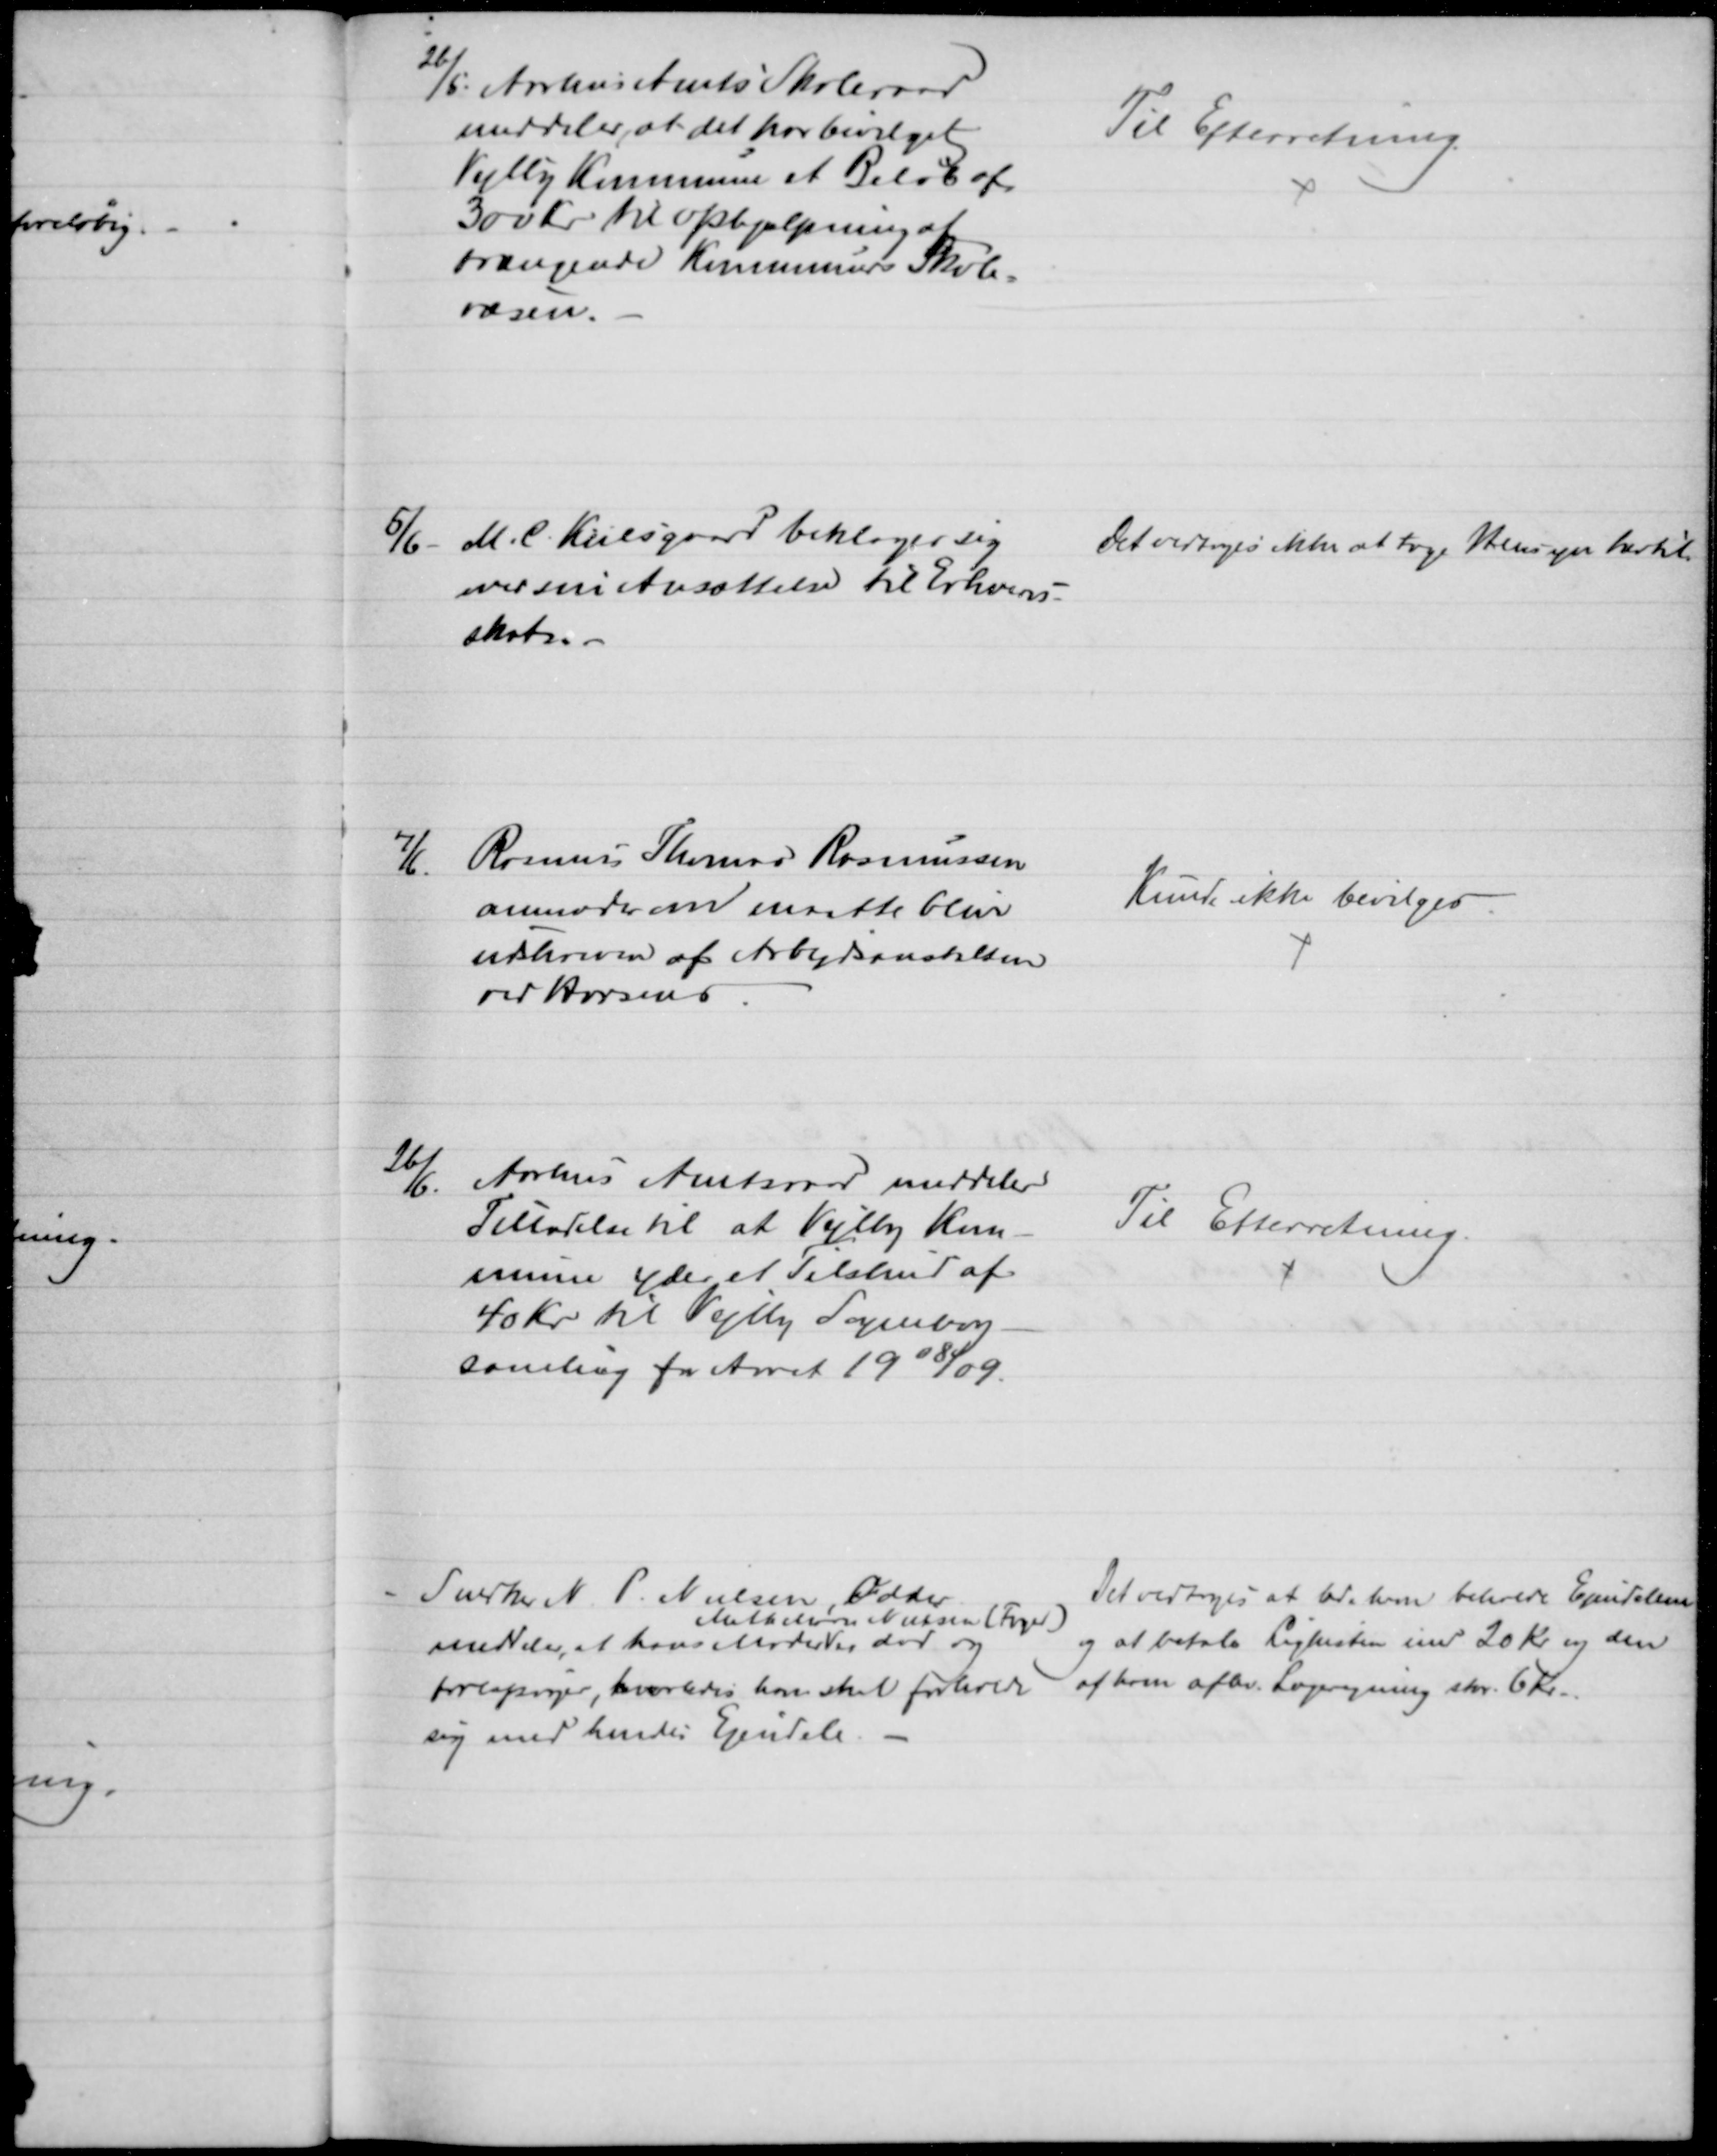
Transskription:
26/5. Aarhus Amts Skoleraad
meddeler, at det har bevilget
Vejlby Kommune et Beløb af
300 Kr. til Ophjælpning af
trængende Kommuners Skole=
væsen.
Til Efterretning
5/6 - M. C. Kiilsgaard beklager sig 
over sin Ansættelse til Erhvervs-
skat.
Det vedtoges ikke at tage Hensyn hertil 
7/6. Rasmus Thomas Rasmussen
anmoder om maatte blive
udskreven af Arbejdsanstalten
ved Horsens
Kunde ikke bevilges.
26/6.
Aarhus Amtsraad meddeler
Tilladelse til at Vejlby Kom-
mune yder et Tilskud af
40 Kr. til Vejlby Sognebog-
samling for Aaret 1908/09.
Til Efterretning.
Snerker N. P. Nielsen, Odder
meddeler, at hans Moder
Mette Marie Nielsen (Fager)
er død og
forespørger, hvorledes han skal forholde
sig med hendes Ejendele.
Det vedtoges at lade ham beholde Ejendelene
og at betale Ligkisten med 20 Kr og den
af ham aflev. Lægeregning stor. 6 Kr.